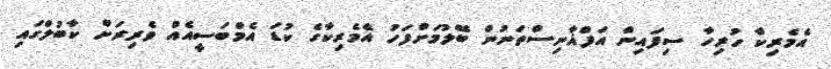
އެމެރިކާެ ހުރިހާ ސިފައިން އަފްޣާނިސްތަނުން ބޭލުމަށްފަހު އެމެރިކާގެ ކުޑަ އެމްބަސީއެއް ވެރިރަށް ކާބުލްގައި